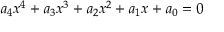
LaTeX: a _ { 4 } x ^ { 4 } + a _ { 3 } x ^ { 3 } + a _ { 2 } x ^ { 2 } + a _ { 1 } x + a _ { 0 } = 0